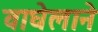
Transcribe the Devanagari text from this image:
वाघेलाने